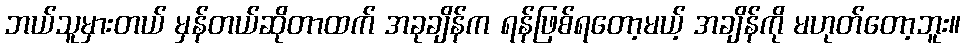
ဘယ်သူမှားတယ် မှန်တယ်ဆိုတာထက် အခုချိန်က ရန်ဖြစ်ရတော့မယ့် အချိန်ကို မဟုတ်တော့ဘူး။